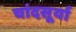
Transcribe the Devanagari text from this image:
चांदसूर्या